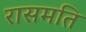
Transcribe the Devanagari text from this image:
रासमति